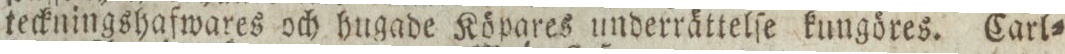
teckningshafwares och hugade Köpares underrättelſe kungöres. Carl=